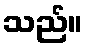
သည်။